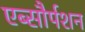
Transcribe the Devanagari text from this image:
एब्सौर्पशन